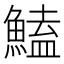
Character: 鰪